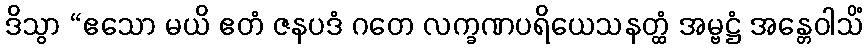
ဒိသွာ “ဧသော မယိ ဧတံ ဇနပဒံ ဂတေ လက္ခဏပရိယေသနတ္ထံ အမ္ဗဋ္ဌံ အန္တေဝါသိံ